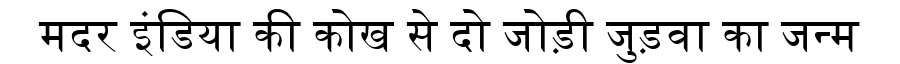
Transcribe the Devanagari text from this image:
मदर इंडिया की कोख से दो जोड़ी जुड़वा का जन्म